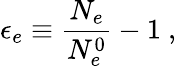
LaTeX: \epsilon_{e}\equiv\frac{N_{e}}{N_{e}^{0}}-1~,